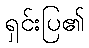
ရှင်းပြ၏